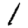
Digit: 1